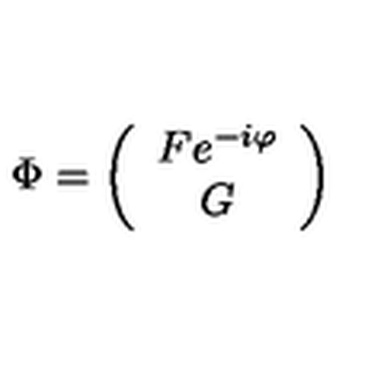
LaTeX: \Phi = \left( \begin{array} { c } { F e ^ { - i \varphi } } \\ { G } \\ \end{array} \right)